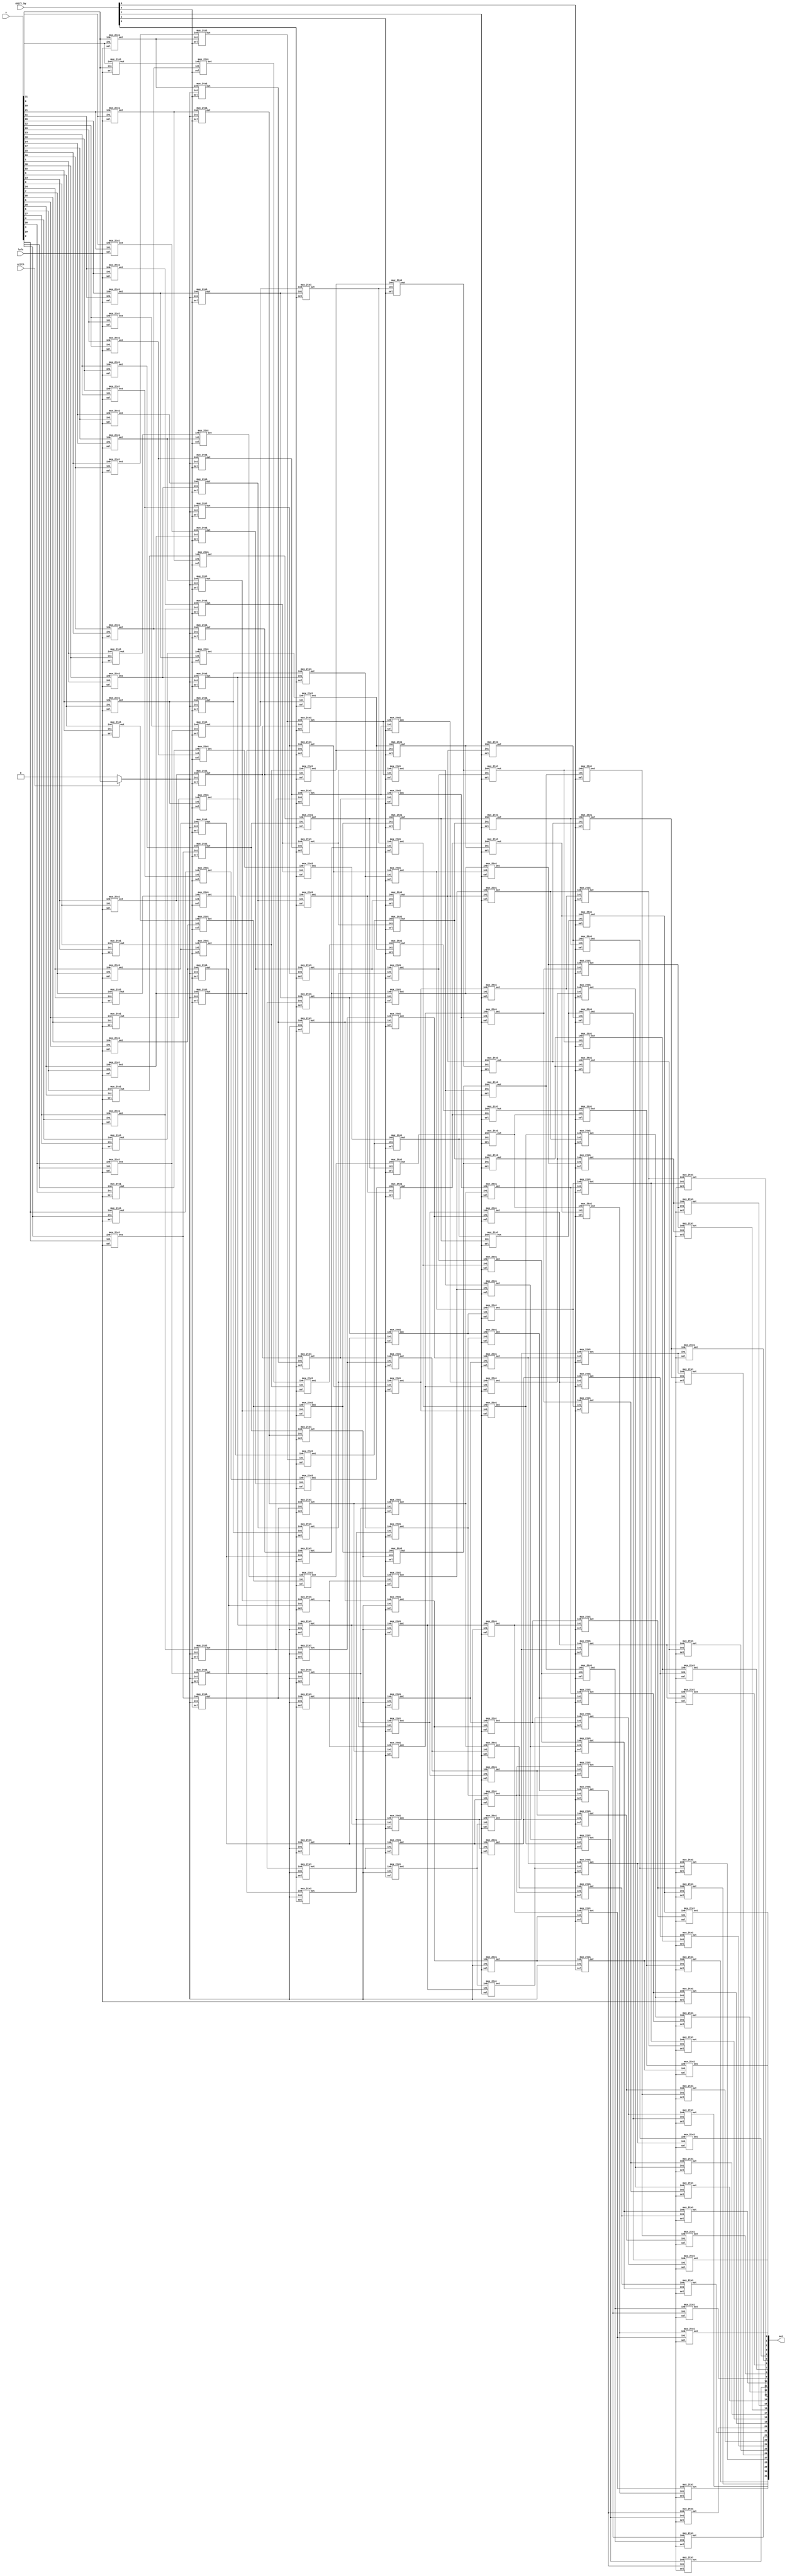
`timescale 1ns/1ns

module barrel_shifter_32(   input [31:0] x,
                            input [4:0] shift_by,
                            input left,
                            input arith,
                            output [31:0] out);

wire [31:0] stage16,stage8,stage4,stage2,stage1;

    wire [31:0] reverse1_out;

    wire replace_val = (arith) ? x[31] : 1'b0;

    wire [31:0] in1_sh16 = { {16{replace_val}} , reverse1_out[31:16] };
    wire [31:0] in1_sh8 = { {8{replace_val}} , stage16[31:8] };
    wire [31:0] in1_sh4 = { {4{replace_val}} , stage8[31:4] };
    wire [31:0] in1_sh2 = { {2{replace_val}} , stage4[31:2] };
    wire [31:0] in1_sh1 = { {1{replace_val}} , stage2[31:1] };

    genvar i;

    generate
        

        for(i=0; i<32; i=i+1) begin
            mux_2to1 reverse1(.in0( x[i] ),
                            .in1( x[31-i] ),
                            .sel( left ),
                            .out( reverse1_out[i] ));

            mux_2to1 shift16(.in0( reverse1_out[i] ),
                            .in1( in1_sh16[i] ),
                            .sel( shift_by[4] ),
                            .out( stage16[i] ));

            mux_2to1 shift8(.in0( stage16[i] ),
                            .in1( in1_sh8[i] ),
                            .sel( shift_by[3] ),
                            .out( stage8[i] ));

            mux_2to1 shift4(.in0( stage8[i] ),
                            .in1( in1_sh4[i] ),
                            .sel( shift_by[2] ),
                            .out( stage4[i] ));

            mux_2to1 shift2(.in0( stage4[i] ),
                            .in1( in1_sh2[i] ),
                            .sel( shift_by[1] ),
                            .out( stage2[i] ));

            mux_2to1 shift1(.in0( stage2[i] ),
                            .in1( in1_sh1[i] ),
                            .sel( shift_by[0] ),
                            .out( stage1[i] ));

            mux_2to1 reverse2(.in0( stage1[i] ),
                            .in1( stage1[31-i] ),
                            .sel( left ),
                            .out( out[i] ));
        end
    endgenerate


endmodule


module mux_2to1(input in0,
                input in1,
                input sel,
                output out);

    assign out = (sel) ? in1 : in0;

endmodule